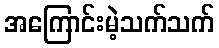
အကြောင်းမဲ့သက်သက်